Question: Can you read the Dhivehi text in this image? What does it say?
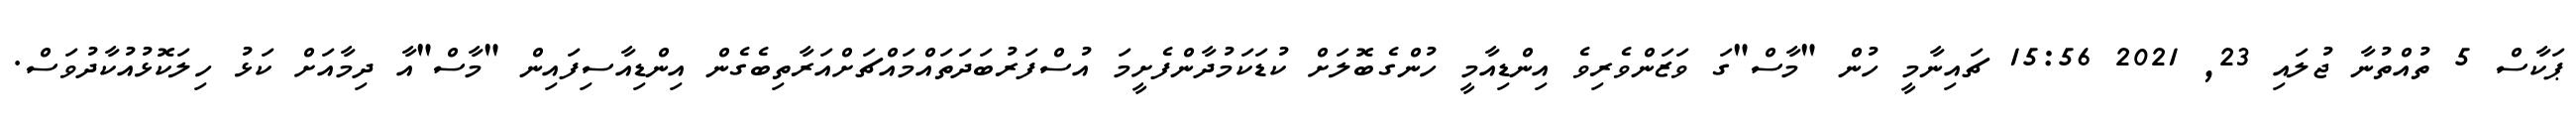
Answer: ޕަކާސް 5 ތުއްތުނާ ޖުލައި 23, 2021 15:56 ޗައިނާމީ ހުން "މާސް"ގަ ވަޒަންވެރިވެ އިންޑިއާމީ ހުންގެބޮލަށް ކުޑަކަމުދާންފެށީމަ އުސްފަރުބަދަތައްމައްޗަށްއަރާތިބެގެން އިންޑިއާސިފައިން "މާސް"އާ ދިމާއަށް ކަޅު ހިލަކޮޅުއުކާދުވަސް.